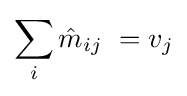
\sum _{i}{\hat {m}}_{ij}\ =v_{j}